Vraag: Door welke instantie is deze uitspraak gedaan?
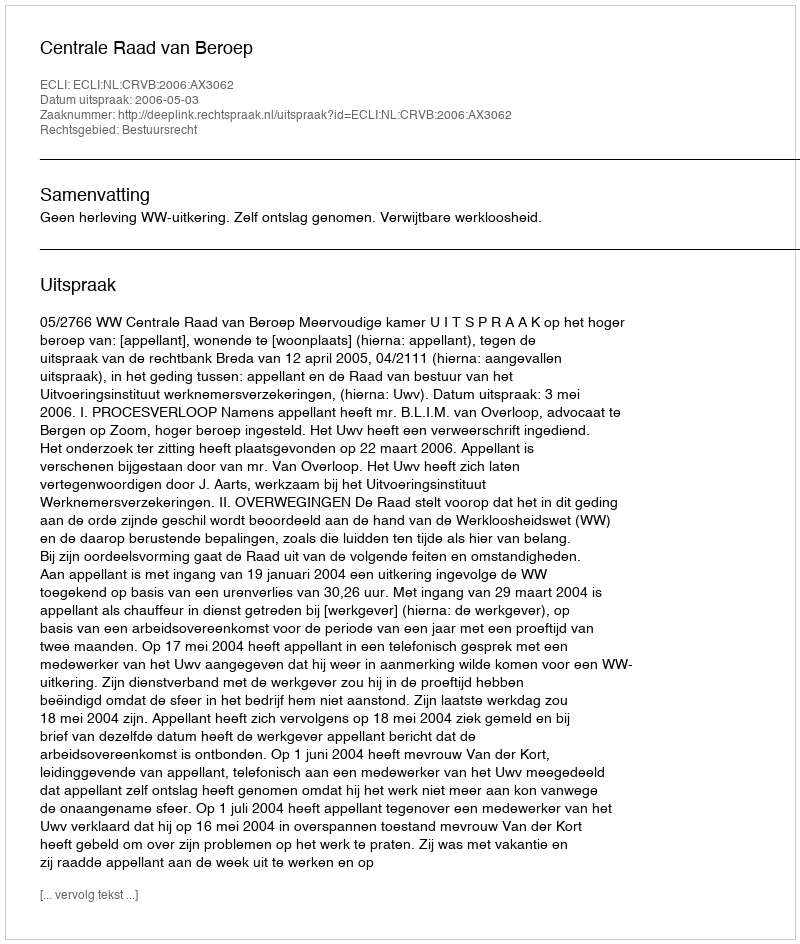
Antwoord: Centrale Raad van Beroep